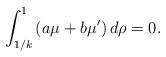
LaTeX: \begin{align*}\int_{1/k}^{1} \, (a\mu + b \mu') \, d\rho =0.\end{align*}